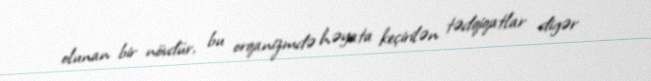
olunan bir növdür, bu orqanizmdə həyata keçirilən tədqiqatlar digər